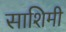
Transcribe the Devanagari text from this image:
साशिमी